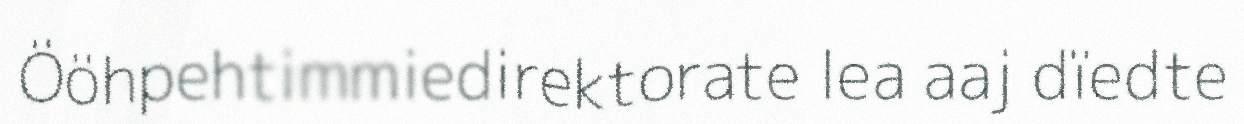
Ööhpehtimmiedirektorate lea aaj dïedte